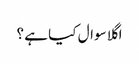
اگلا سوال کیا ہے ؟